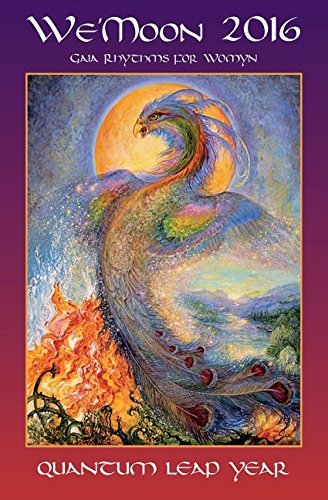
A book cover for We'moon: Gaia Rhythms for Womyn: Quantum Leap Year; Religion & Spirituality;